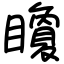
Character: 矎